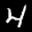
Label: 4